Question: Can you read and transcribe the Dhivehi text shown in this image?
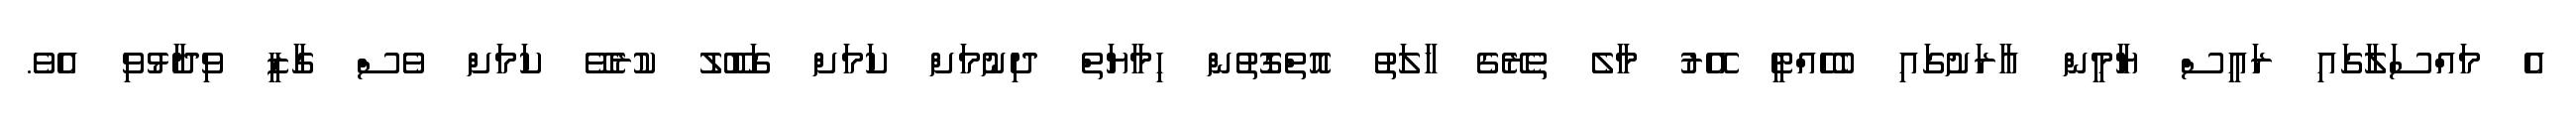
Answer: އެ މައްސަލާގައި ރައީސް ޔާމީން އާރަށުގައި ބެހެއްޓީ އޭރު މާލެ ތެރޭގެ ހާލަތު އޮތްގޮތުން ހިމާޔަތް ދިނުމަށް ކަމަށް ގަބޫލު ކުރެވޭ ކަމަށް ވެސް ގާޒީ ވިދާޅުވި އެވެ.